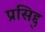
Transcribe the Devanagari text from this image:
प्रसिद्द्